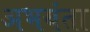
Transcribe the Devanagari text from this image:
अभयंता